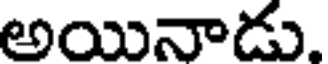
అయినాడు.